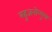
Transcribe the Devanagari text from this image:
बहुजनोन्मुख